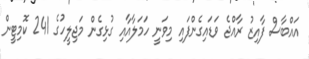
އައްބާސް ފާއިޒު ރާއްޖެ ވަޑައިގެންފައި މިވަނީ ހަމަލާއާއި ގުޅިގެން މަޖިލީހުގެ 241 ކޮމިޓީން